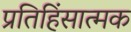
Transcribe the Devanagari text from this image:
प्रतिहिंसात्मक